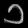
Digit: ၁